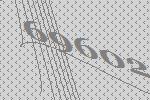
69602